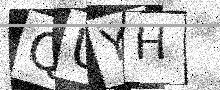
Text: QUYH